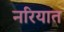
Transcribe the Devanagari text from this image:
नरियात